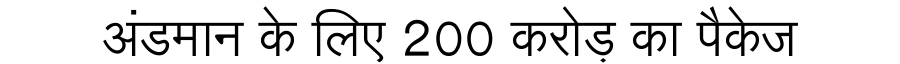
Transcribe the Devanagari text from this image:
अंडमान के लिए 200 करोड़ का पैकेज